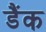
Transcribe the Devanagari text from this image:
डैंक